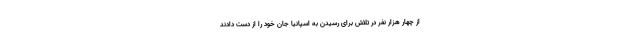
از چهار هزار نفر در تلاش برای رسیدن به اسپانیا جان خود را از دست دادند